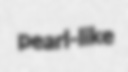
pearl-like